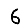
Digit: 6